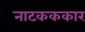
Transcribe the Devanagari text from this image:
नाटकककार